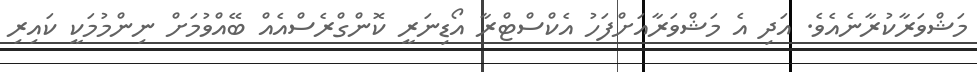
މަޝްވަރާކުރާނެއެވެ. އަދި އެ މަޝްވަރާއަށްފަހު އެކްސްޓްރާ އޯޑިނަރީ ކޮންގްރެސްއެއް ބޭއްވުމަށް ނިންމުމަކީ ކައިރި